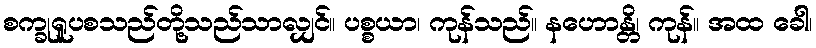
စက္ခုရူပစသည်တို့သည်သာလျှင်။ ပစ္စယာ၊ ကုန်သည်။ နဟောန္တိ၊ ကုန်။ အထ ခေါ၊